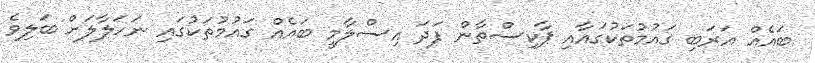
ބައެއް އަރަބި ގައުމުތަކުގައާއި ޕާކިސްތާން ފަދަ އިސްލާމީ ބައެއް ގައުމުތަކުގައި ނަހަލާލަށް ބަލިވެ